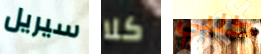
سيريل كلا طلبي